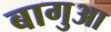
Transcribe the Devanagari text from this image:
बागुआ